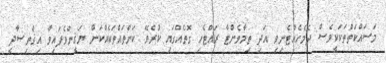
މަސައްކަތްތަކަކީވެސް ދެމެހެއްޓެނިވި އަދި ތިމާވެށްޓާ ރައްޓެހި ގޮތެއްގައި ކުރެވޭ ކަންތައްތަކެއްކަން ޔަޤީންވެފައިވާ އިޤްތިޞާދީ